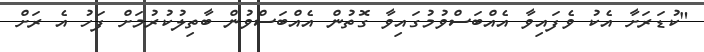
"ކުޑަރަށާ އެކު ވެފައިވާ އެއްބަސްވުމުގައިވާ ގޮތުން އެއްބަސްވުން ބާތިލުކުރުމަށް ފަހު އެ ރަށް